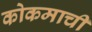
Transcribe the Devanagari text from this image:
कोकमाची